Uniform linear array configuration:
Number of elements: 16
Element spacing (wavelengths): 1
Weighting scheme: hamming
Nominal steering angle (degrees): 60
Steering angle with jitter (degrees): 58.906
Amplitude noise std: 0.05
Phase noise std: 0.05

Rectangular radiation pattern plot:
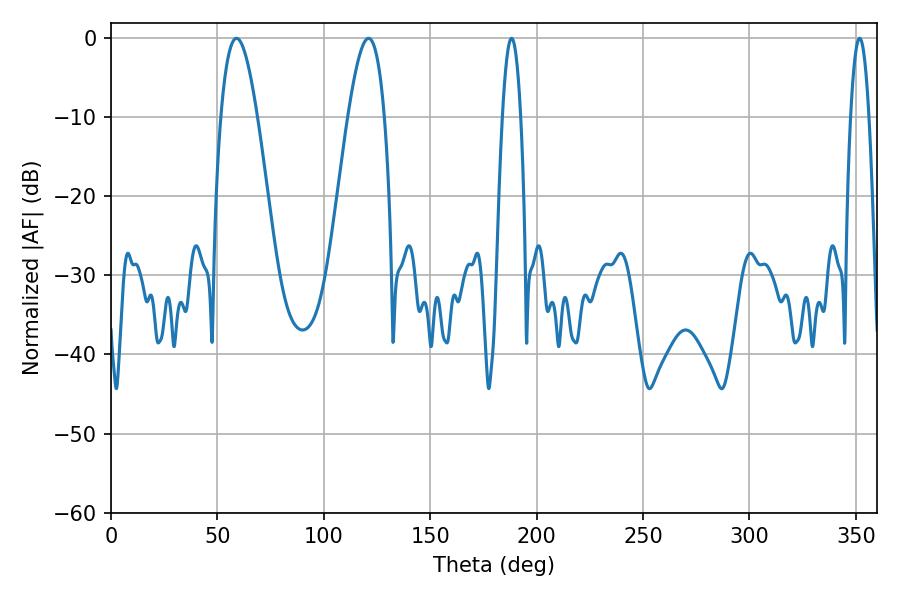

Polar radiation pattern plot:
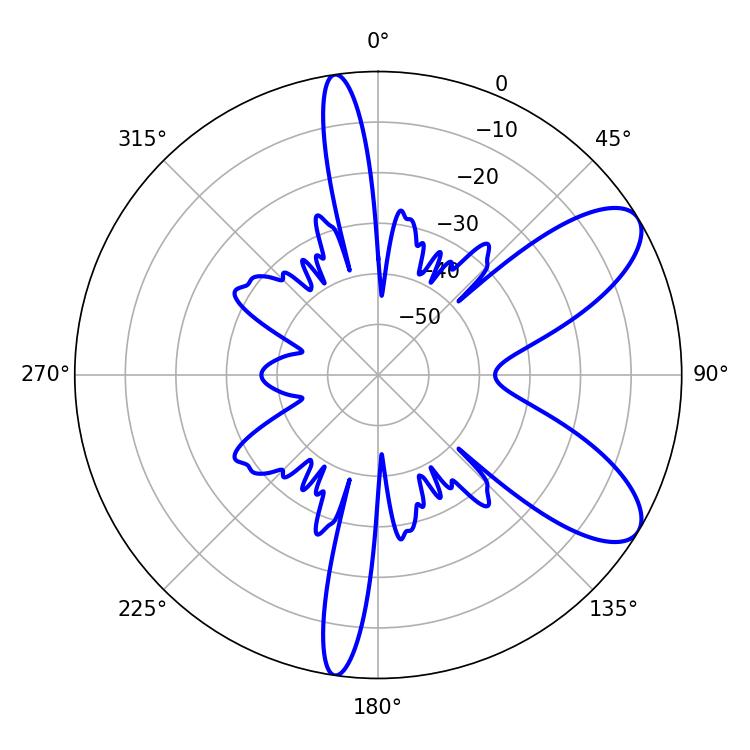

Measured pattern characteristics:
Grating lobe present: TRUE
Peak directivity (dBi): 8.57
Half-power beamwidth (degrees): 9.18
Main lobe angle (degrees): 120.96